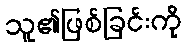
သူ၏ဖြစ်ခြင်းကို